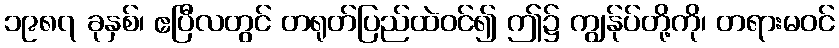
၁၉၈၇ ခုနှစ်၊ ဧပြီလတွင် တရုတ်ပြည်ထဲဝင်၍ ဤ၌ ကျွန်ုပ်တို့ကို၊ တရားမဝင်